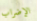
الإضراب